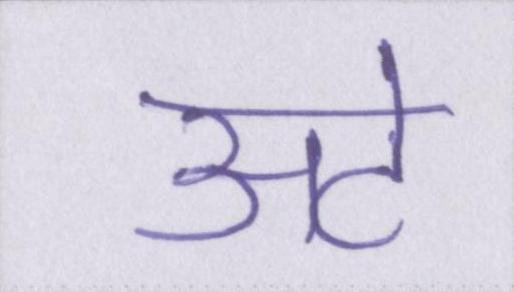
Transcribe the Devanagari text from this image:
अटे